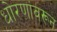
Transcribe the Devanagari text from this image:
धोरणांवरून